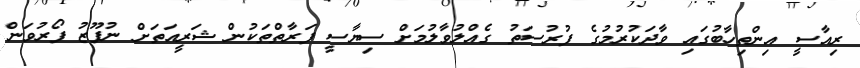
ރިއާސީ އިންތިހާބުގައި ވާދަކުރުމުގެ ފުރުސަތު ގެއްލުވާލުމަށް ސިޔާސީ ފަރާތްތަކުން ޝަރީއަތަށް ނުފޫޒު ފޯރުވަން